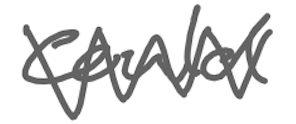
Text: could
Cross-out: mix
Writing tool: digital_gray